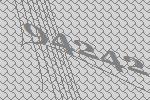
94242